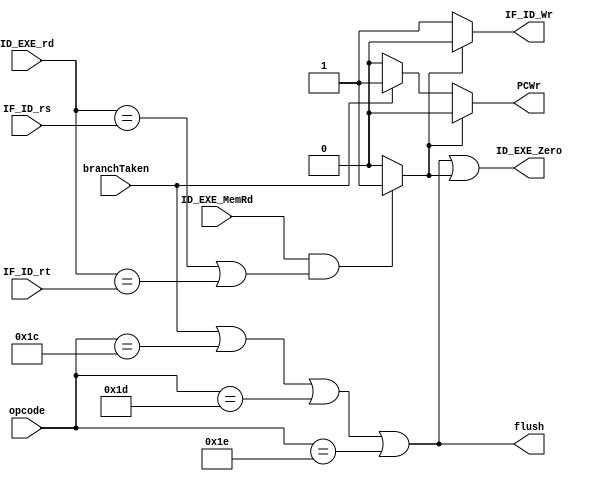
module HazardDetectionUnit (ID_EXE_MemRd, ID_EXE_rd, IF_ID_rs, IF_ID_rt, opcode, branchTaken,
  IF_ID_Wr, PCWr, ID_EXE_Zero, flush);

  input ID_EXE_MemRd, branchTaken;
  input[2:0] ID_EXE_rd, IF_ID_rs, IF_ID_rt;
  input[4:0] opcode;
  output IF_ID_Wr, PCWr, ID_EXE_Zero, flush;

  assign loadHazard = (ID_EXE_MemRd) && ((ID_EXE_rd == IF_ID_rs) || (ID_EXE_rd == IF_ID_rt)) ? 1 : 0;
  assign IF_ID_Wr = loadHazard ? 0 : 1;
  assign PCWr = loadHazard ? 0 : (branchTaken ? 1 : 0);
  assign flush = branchTaken || opcode == 5'b11100 || opcode == 5'b11101 || opcode == 5'b11110;
  assign ID_EXE_Zero = flush || loadHazard;

endmodule // HazardDetectionUnit